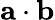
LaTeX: {\mathbf{a}}\cdot{\mathbf{b}}